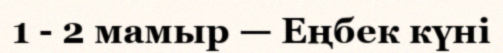
1 - 2 мамыр — Еңбек күні